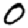
Digit: 0